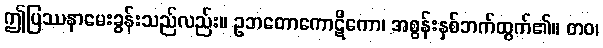
ဤပြဿနာမေးခွန်းသည်လည်း။ ဥဘတောကောဋိကော၊ အစွန်းနှစ်ဘက်ထွက်၏။ တဝ၊